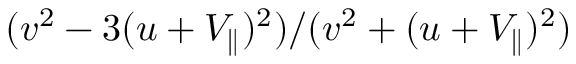
( v ^ { 2 } - 3 ( u + V _ { \parallel } ) ^ { 2 } ) / ( v ^ { 2 } + ( u + V _ { \parallel } ) ^ { 2 } )